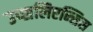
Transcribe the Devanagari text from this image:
उप्सलिएन्सिस